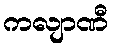
ကလျာဏီ